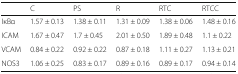
|  | C | PS | R | RTC | RTCC |
 | --- | --- | --- | --- | --- | --- |
 | IκBα | 1.57 ± 0.13 | 1.38 ± 0.11 | 1.31 ± 0.09 | 1.38 ± 0.06 | 1.48 ± 0.16 |
 | ICAM | 1.67 ± 0.47 | 1.7 ± 0.45 | 2.01 ± 0.50 | 1.89 ± 0.48 | 1.1 ± 0.22 |
 | VCAM | 0.84 ± 0.22 | 0.92 ± 0.22 | 0.87 ± 0.18 | 1.11 ± 0.27 | 1.13 ± 0.21 |
 | NOS3 | 1.06 ± 0.25 | 0.83 ± 0.17 | 0.89 ± 0.16 | 0.89 ± 0.17 | 0.94 ± 0.14 |